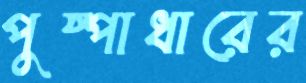
পুষ্পাধারের